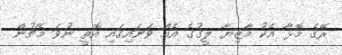
ރޭގެ މޮޅާ އެކު މާޒިޔާ ލީގުގެ އެއް ވަނައިގައި އޮތީ ނުވަ މެޗުން